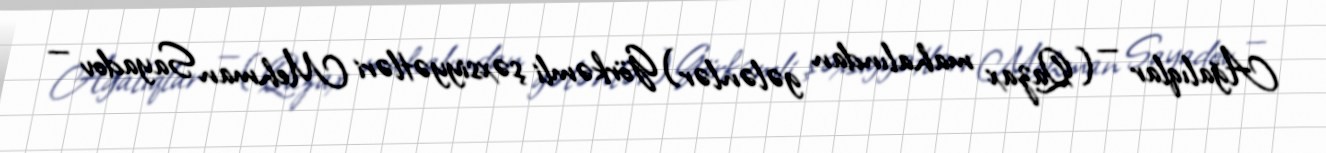
Ağalıqlar — (Qazax mahalından gələnlər) Görkəmli şəxsiyyətləri Mehman Sayadov —